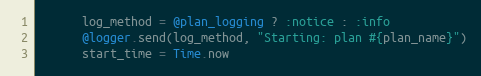
Language: Ruby
      log_method = @plan_logging ? :notice : :info
      @logger.send(log_method, "Starting: plan #{plan_name}")
      start_time = Time.now